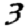
Digit: 3